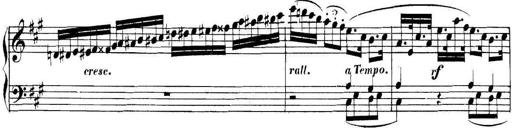
Title: Collected Piano Sonatas
Composer: Muzio Clementi